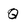
Character: Q